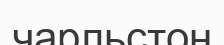
чарльстон